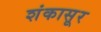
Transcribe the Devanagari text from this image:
शंकासूर